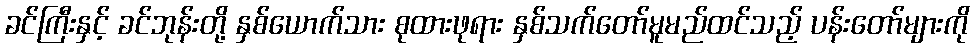
ခင်ကြီးနှင့် ခင်ဘုန်းတို့ နှစ်ယောက်သား စုထားဖုရား နှစ်သက်တော်မူမည်ထင်သည့် ပန်းတော်များကို